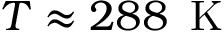
T \approx 2 8 8 \, \mathrm { ~ K ~ }